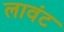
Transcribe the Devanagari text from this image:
लावंट